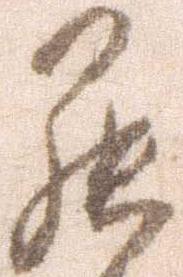
罷